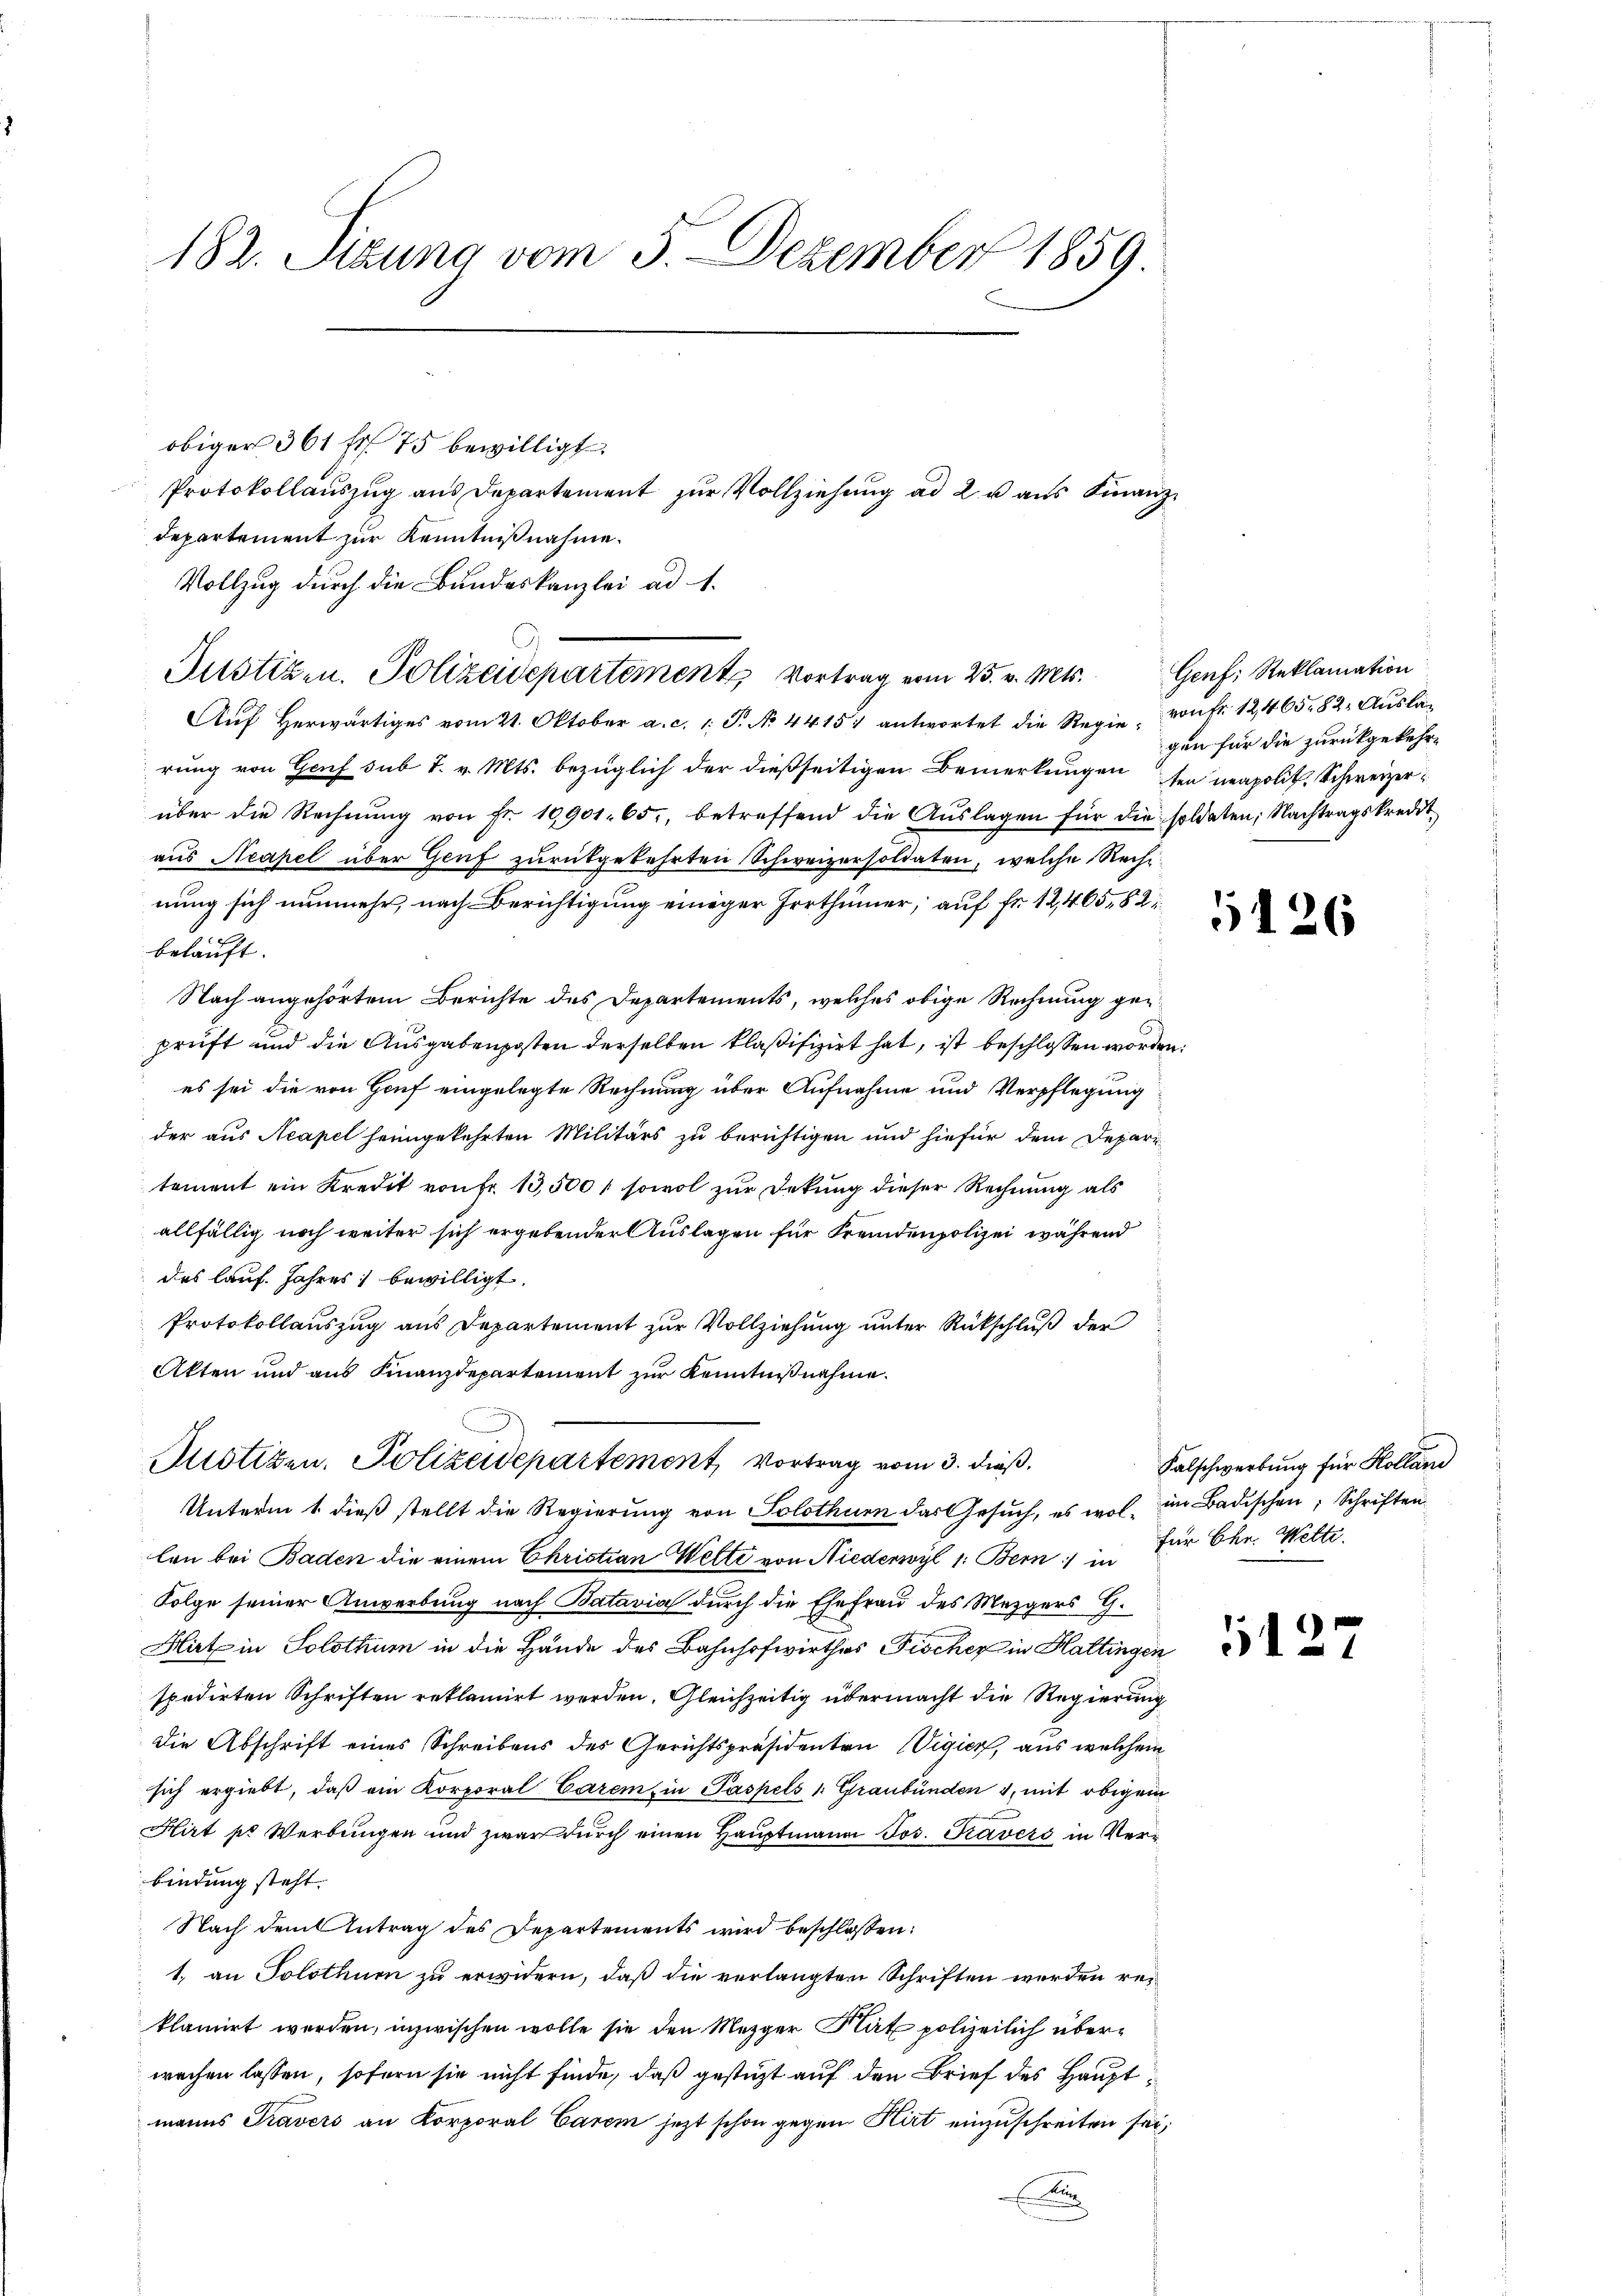
182. Sizung vom 3. Dezember 1859.

obiger 361 f. 75 bewilligt.
Protokollaŭszŭg ans Departement zŭr Vollziehŭng ad 2 u aus Finanz
departement zur Kenntnißnahme.
Vollzug durch die Bundeskanzlei ad 1.
Aŭf herwärtiges vom 21. Oktober a. c. 1. P. No. 44154 antwortet die Regie, von Fr. 12, 465. 82. Auslag
rung von Genf sub 7. v. Mts. bezüglich der dießseitigen Bemerkungen
über die Rechnŭng von Fr. 10901. 65, betreffend die Aŭslagen für die soldaten, Nachtragskredit
aus Neapel über Genf zurükgekehrten Schweizersoldaten, welche Rech-
nung sich nunmehr, nach Berichtigung einiger Irrthümer, auf fr. 12, 465, 82
belauft.
Nach angehörtem Berichte des Departements, welches obige Rechnung geprüft und die Ausgabenposten derselben klaßifiziert hat, ist beschlossen wores sei die von Houf eingelegte Rechnung über Aufnahme und Verpflegung
der aus Neapel heimgekehrten Militärs zu berichtigen und hiefür dem Depar
tement ein Kredit von Fr. 13,500, sowol zur Dekung dieser Rechnung als
allfällig noch weiter sich ergebender Auslagen für Fremdenpolizei während
des lauf. Jahres bewilligt.
Protokollauszug aus Departement zur Vollziehung unter Rückschluß der
Akten und aus Finanzdepartement zur Kenntnißnahme.
Potizen, Polizeidepartement, Vortrag vom 3. dieß.
Unterm 1. dieß stellt die Regierung von Solothurn das Gesŭch, es wol im Badischen; Schriften
len bei Baden die einem Ehristian Welte von Niederwyl 1: Bern in
Folge seiner Anwerbung nach Batavia durch die Ehefrau des Mezgers G.
Hirt in Solothum in die Hände des Bahnhofwirthes Fischer in Hattinge
spedirten Schriften reklamirt werden. Gleichzeitig übermacht die Regierung
Die Abschrift eines Schreibens des Gerichtspräsidenten Vigier, aus welcher
sich ergiebt, daß ein Korporal Carem, in Paspels 1. Graubünden 4, mit obigem
Hirt pr Werbungen und zwar durch einen Hauptmann Jos. Gravers in Verbindung steht.
Nach dem Antrag des Departements wird beschlossen:
1. an Solothurn zu erwidern, daß die verlangten Schriften werden re-
klamirt werden, inzwischen wolle sie den Mezger Rat polizeilich überwachen lassen, sofern sie nicht finde, daß gestüzt auf den Brief des Hauptmanns Travers an Korporal Carem jezt schon gegen Kirt einzuschreiten se
i

Justizen, Polizeidepartement Vortrag vom 25. v. Mts. Genf, Reklamation

gen für die zurückgekehrten neapolit. Schweizer¬

d
217

4

5126

Falschwerbung für Kolland
für Chr. Welte.

5127